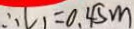
\therefore L _ { 1 } = 0 . 4 5 m